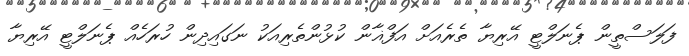
ފަލަސްތީން ޕެނަލްޓީ އޭރިޔާ ތެރެއަށް އަފްޣާން ކުޅުންތެރިއަކު ނަގައިދިން ހުރަހެއް ޕެނަލްޓީ އޭރިޔާ